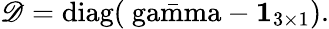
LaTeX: \mathscr{D}=\mathrm{{diag(\bar{{\ gamma}}}}-\mathbf{{1}}_{3\times1}).